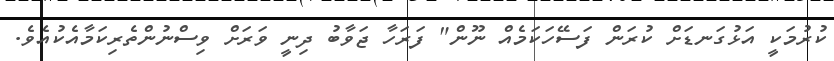
ކުރުމަކީ އަޅުގަނޑަށް ކުރަން ފަސޭހަކަމެއް ނޫން" ފަރަހާ ޖަވާބު ދިނީ ވަރަށް ވިސްނުންތެރިކަމާއެކުއެވެ.